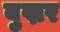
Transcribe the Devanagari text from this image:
बुख्नर